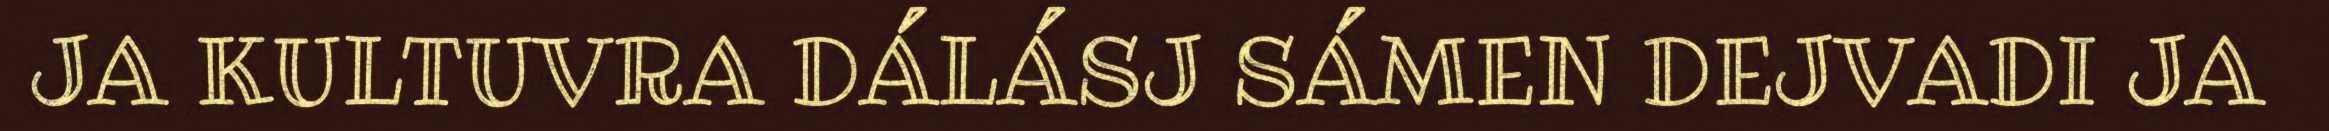
JA KULTUVRA DÁLÁSJ SÁMEN DEJVADI JA